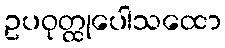
ဥပဝုတ္ထုပေါသထော